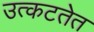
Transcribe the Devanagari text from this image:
उत्कटतेत